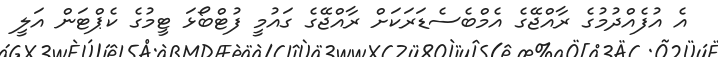
އެ އުފެއްދުމުގެ ރާއްޖޭގެ އެމްބެސެޑަރަކަށް ރާއްޖޭގެ ގައުމީ ފުޓްބޯޅަ ޓީމުގެ ކެޕްޓަން އަލީ